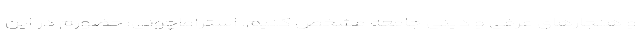
و هنجارهای عرفی و دینی جامعه مشخص کنیم. استراماچونی: حضورم در این